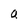
Character: a